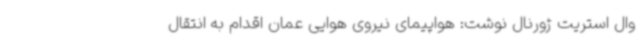
وال استریت ژورنال نوشت: هواپیمای نیروی هوایی عمان اقدام به انتقال